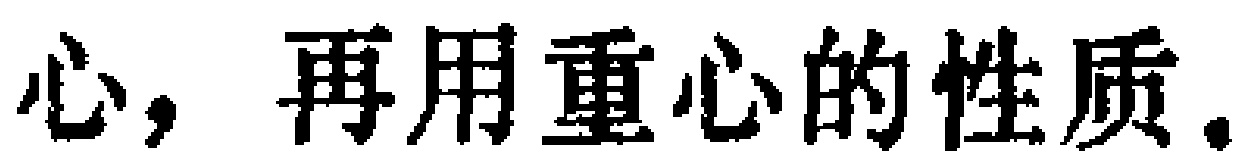
心，再用重心的性质.